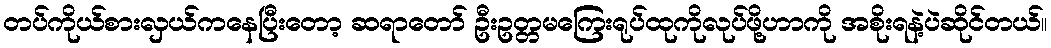
တပ်ကိုယ်စားလှယ်ကနေပြီးတော့ ဆရာတော် ဦးဥတ္တမကြေးရုပ်ထုကိုလုပ်ဖို့ဟာကို အစိုးရနဲ့ပဲဆိုင်တယ်။